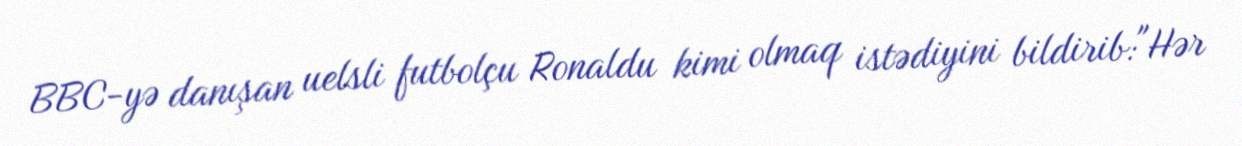
BBC-yə danışan uelsli futbolçu Ronaldu kimi olmaq istədiyini bildirib:"Hər